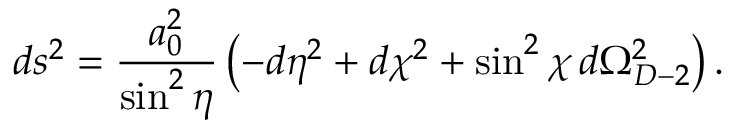
d s ^ { 2 } = \frac { a _ { 0 } ^ { 2 } } { \sin ^ { 2 } \eta } \left( - d \eta ^ { 2 } + d \chi ^ { 2 } + \sin ^ { 2 } \chi \, d \Omega _ { D - 2 } ^ { 2 } \right) .